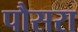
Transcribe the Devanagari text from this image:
पौसरा